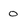
Character: 0